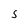
Character: S